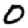
Digit: 0